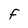
Character: F